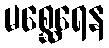
မစ္ဆေရေန